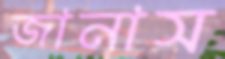
জানাস